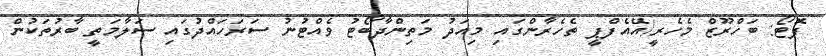
ފޮޓޯ: ބަހްރޫޒް މެހެރީ/އޭއެފްޕީ ތެހެރާންގައި މިއަދު މަތިންދާބޯޓު ވެއްޓުނު ސަރަހައްދުގައި ސަލާމަތީ ބާރުތަކުން